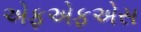
એફએફએસ